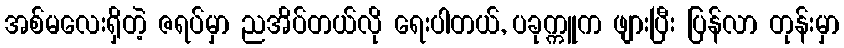
အစ်မလေးရှိတဲ့ ဇရပ်မှာ ညအိပ်တယ်လို ရေးပါတယ်, ပခုက္ကူက ဖျားပြီး ပြန်လာ တုန်းမှာ